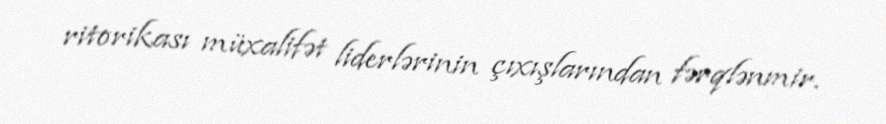
ritorikası müxalifət liderlərinin çıxışlarından fərqlənmir.